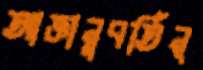
আজ্ঞানুবর্তিন্